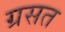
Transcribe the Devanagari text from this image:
ग्रसत